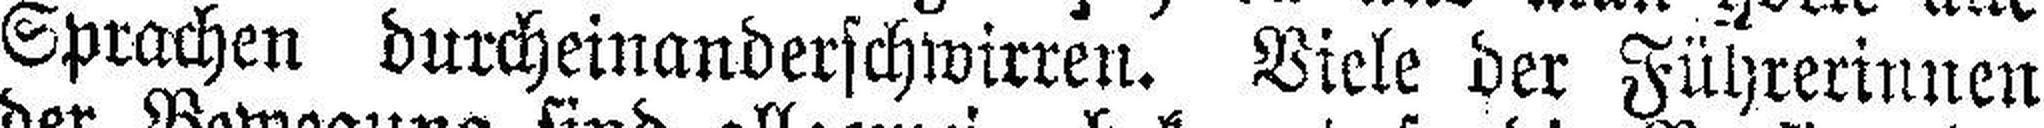
Sprachen durcheinanderschwirren. Viele der Führerinnen